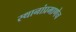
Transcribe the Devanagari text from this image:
स्थानांप्रमाणेच